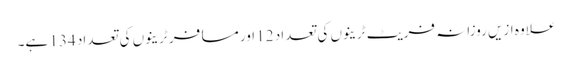
علاوہ ازیں روزانہ فریٹ ٹرینوں کی تعداد 12 اور مسافر ٹرینوں کی تعداد 134 ہے۔